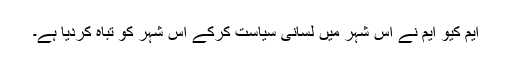
ایم کیو ایم نے اس شہر میں لسانی سیاست کرکے اس شہر کو تباہ کردیا ہے۔